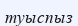
туыспыз